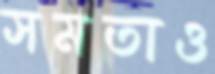
সমতাও